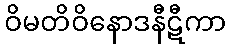
ဝိမတိဝိနောဒနီဋီကာ